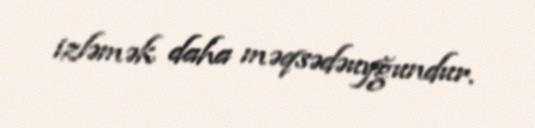
izləmək daha məqsədəuyğundur.